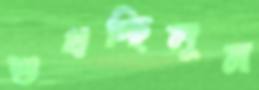
শুখচ্ছিলুম